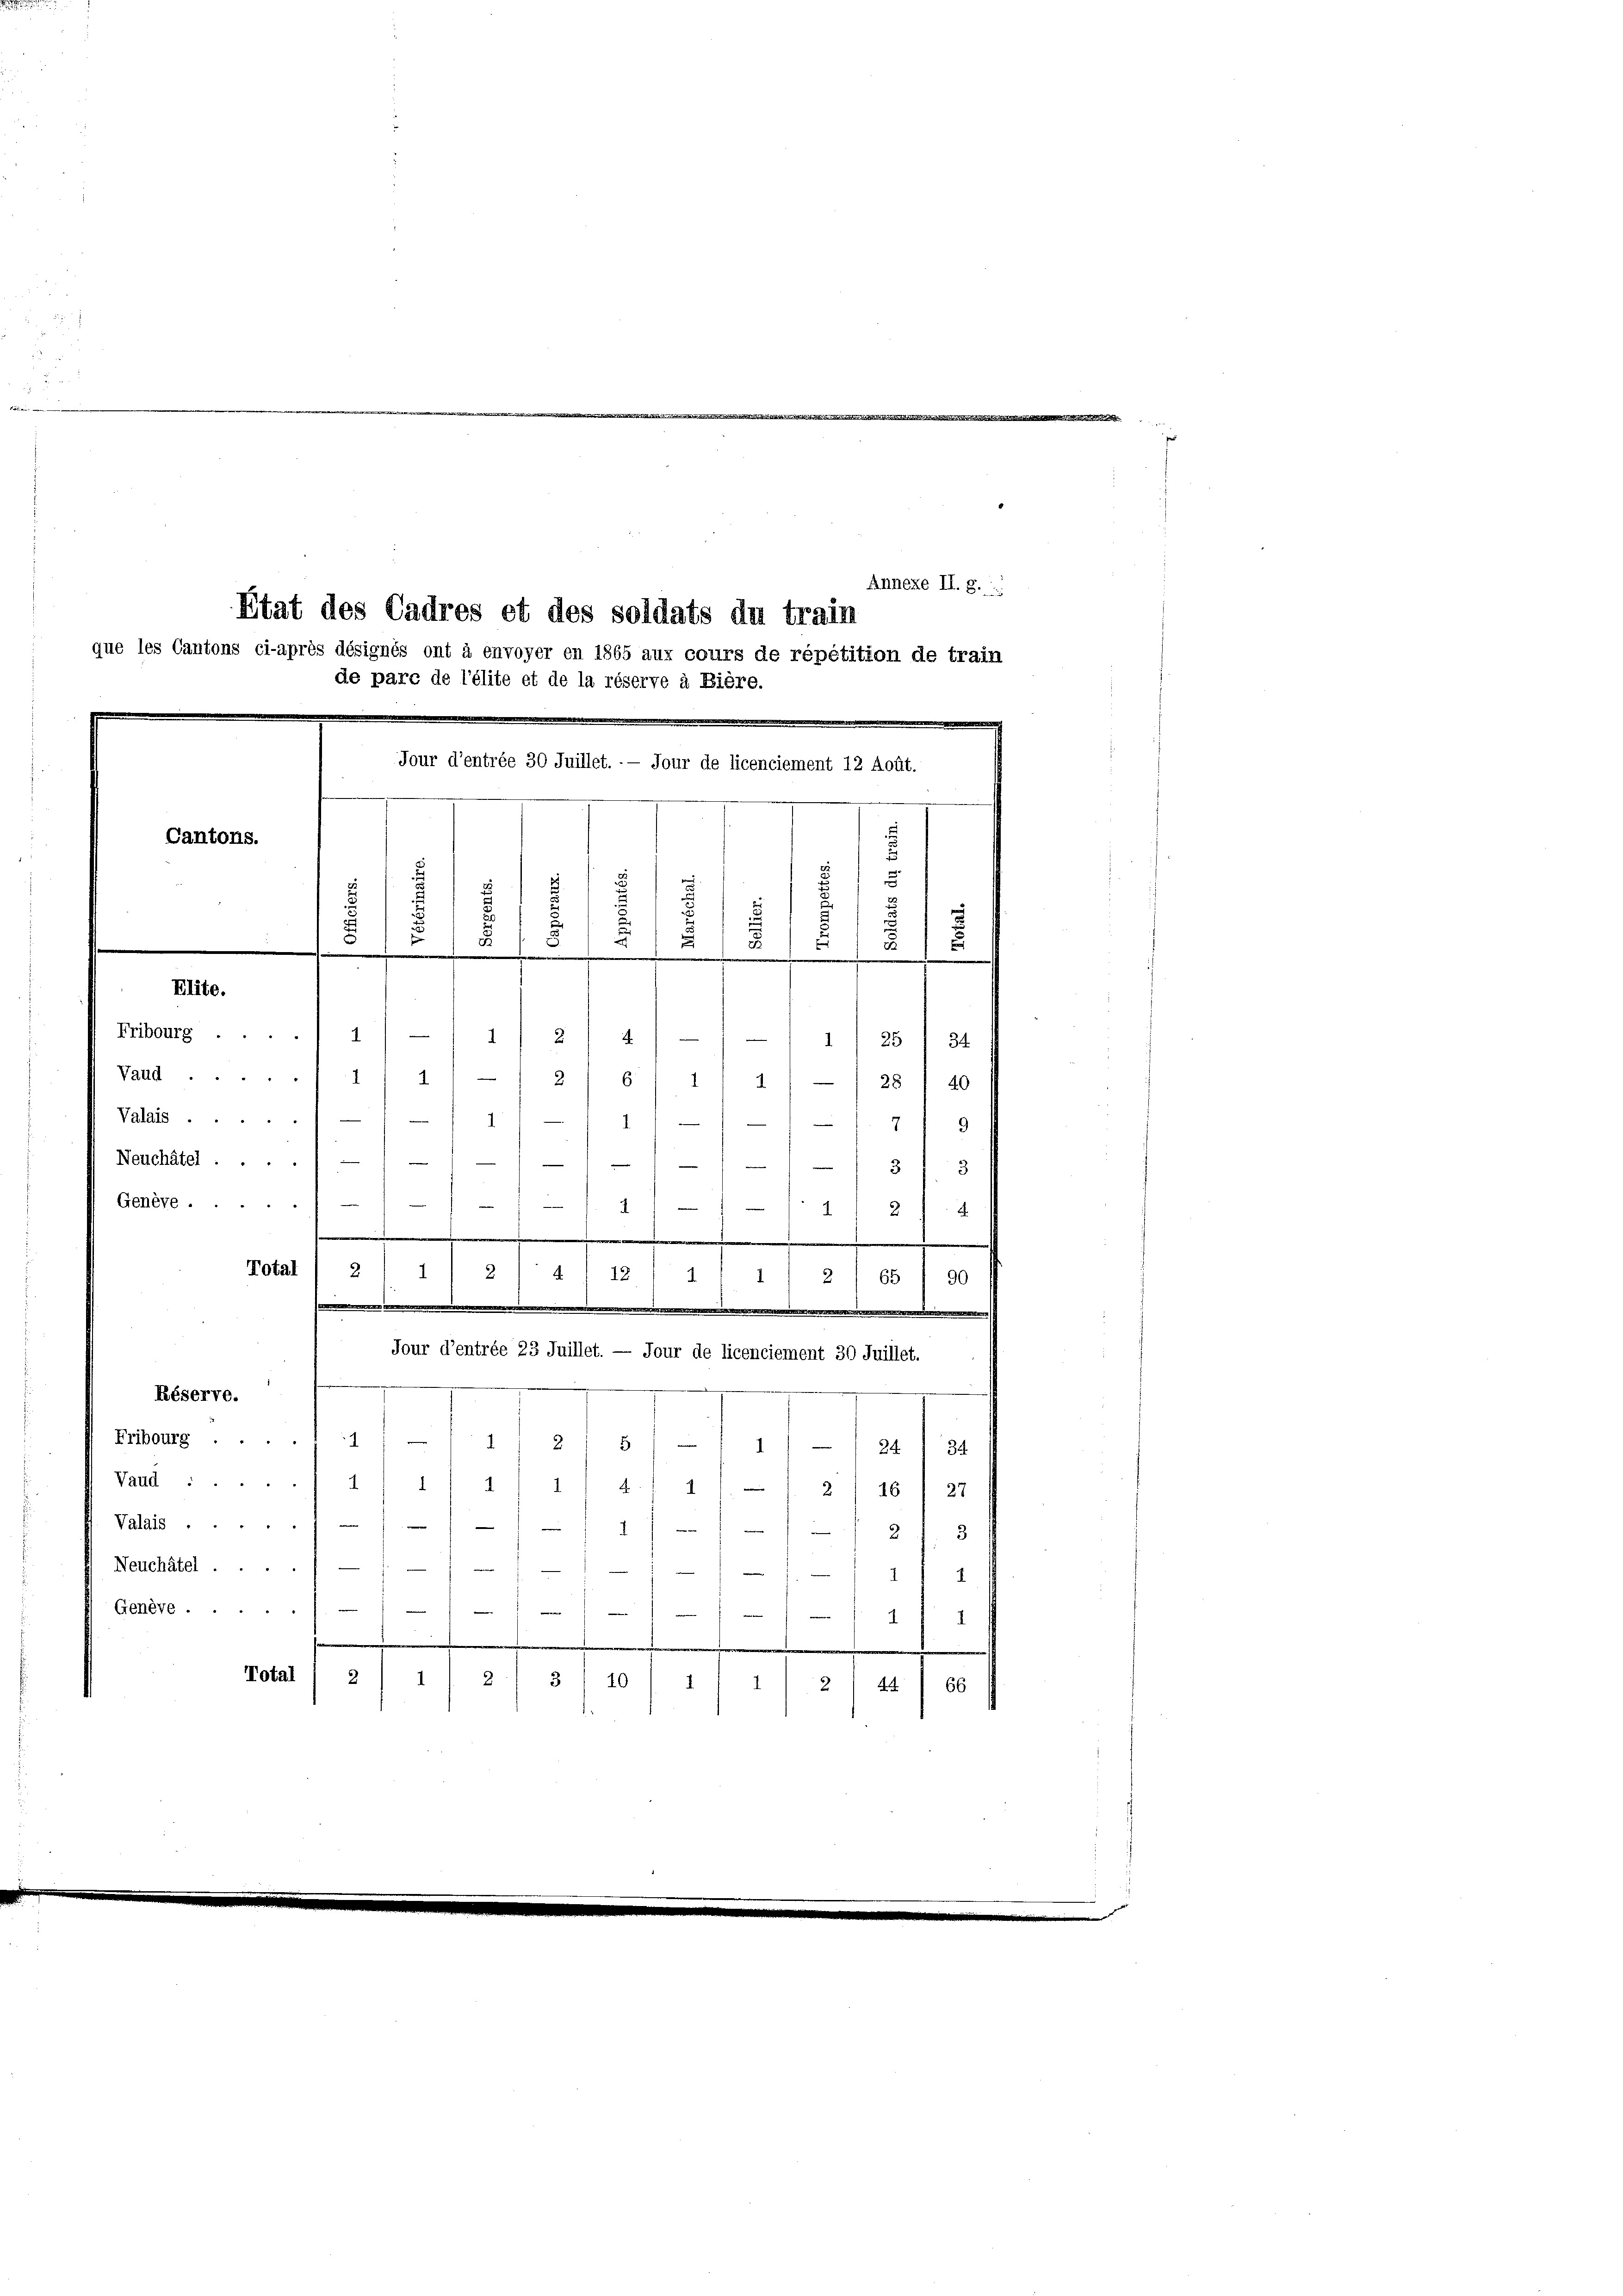
Fribourg
Vaud
Valais ..
Neuchâtel ....
Genève .

Etat des Cadres et des soldats du train
que les Cantons ci-après désignés ont à envoyer en 1865 aux cours de répétition de train
de pare de l’élite et de la réserve à Bière.

-
8
124
.
65
90
.
.
Réserve.
Fribourg
.
.
215) — 1) — /24) 34
Vaud :
1
11 4 1/4 1 1/2 116 f 27
Valais . .
            § 12
Neuchâtel.
—

d
.
Genève
e
g
.
Total
1
2
2
3/10
1.
1/244
66

Annexe II. g.
Jour d’entrée 30 Juillet. — Jour de licenciement 12 Août.
.
Cantons.
u
s
¬
2
d
s
F
.
1
.
Elite.
9
2)4
—111/25 / 34
.
—
14
6/11 1) — 28 / 40
g
79

.
Total ( 2 1/ 2/4 121 1 : 1 2

Jour d’entrée 23 Juillet. — Jour de licenciement 30 Juillet.